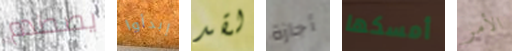
يصطدم إبدأوا لقد أجازة أمسكها الأمر